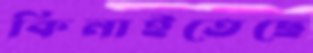
কিনাইতেছে